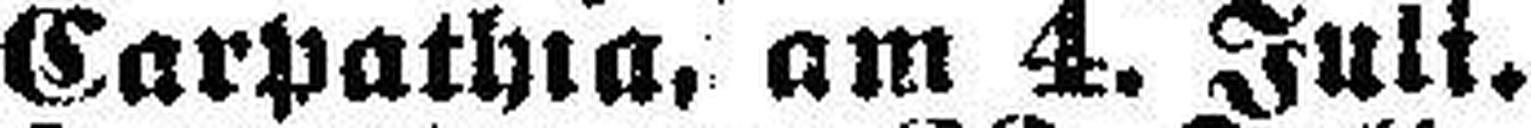
Carpathia, am 4. Juli.